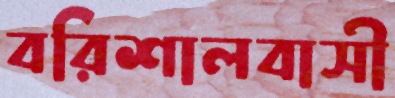
বরিশালবাসী